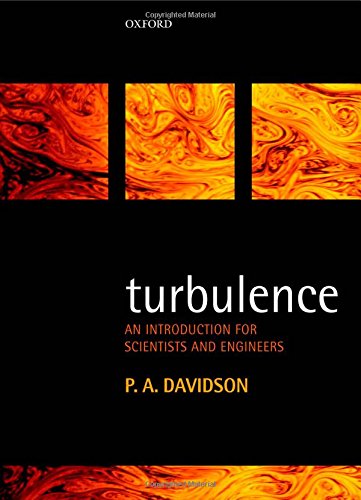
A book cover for Turbulence: An Introduction for Scientists and Engineers; P. A. Davidson; Science & Math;